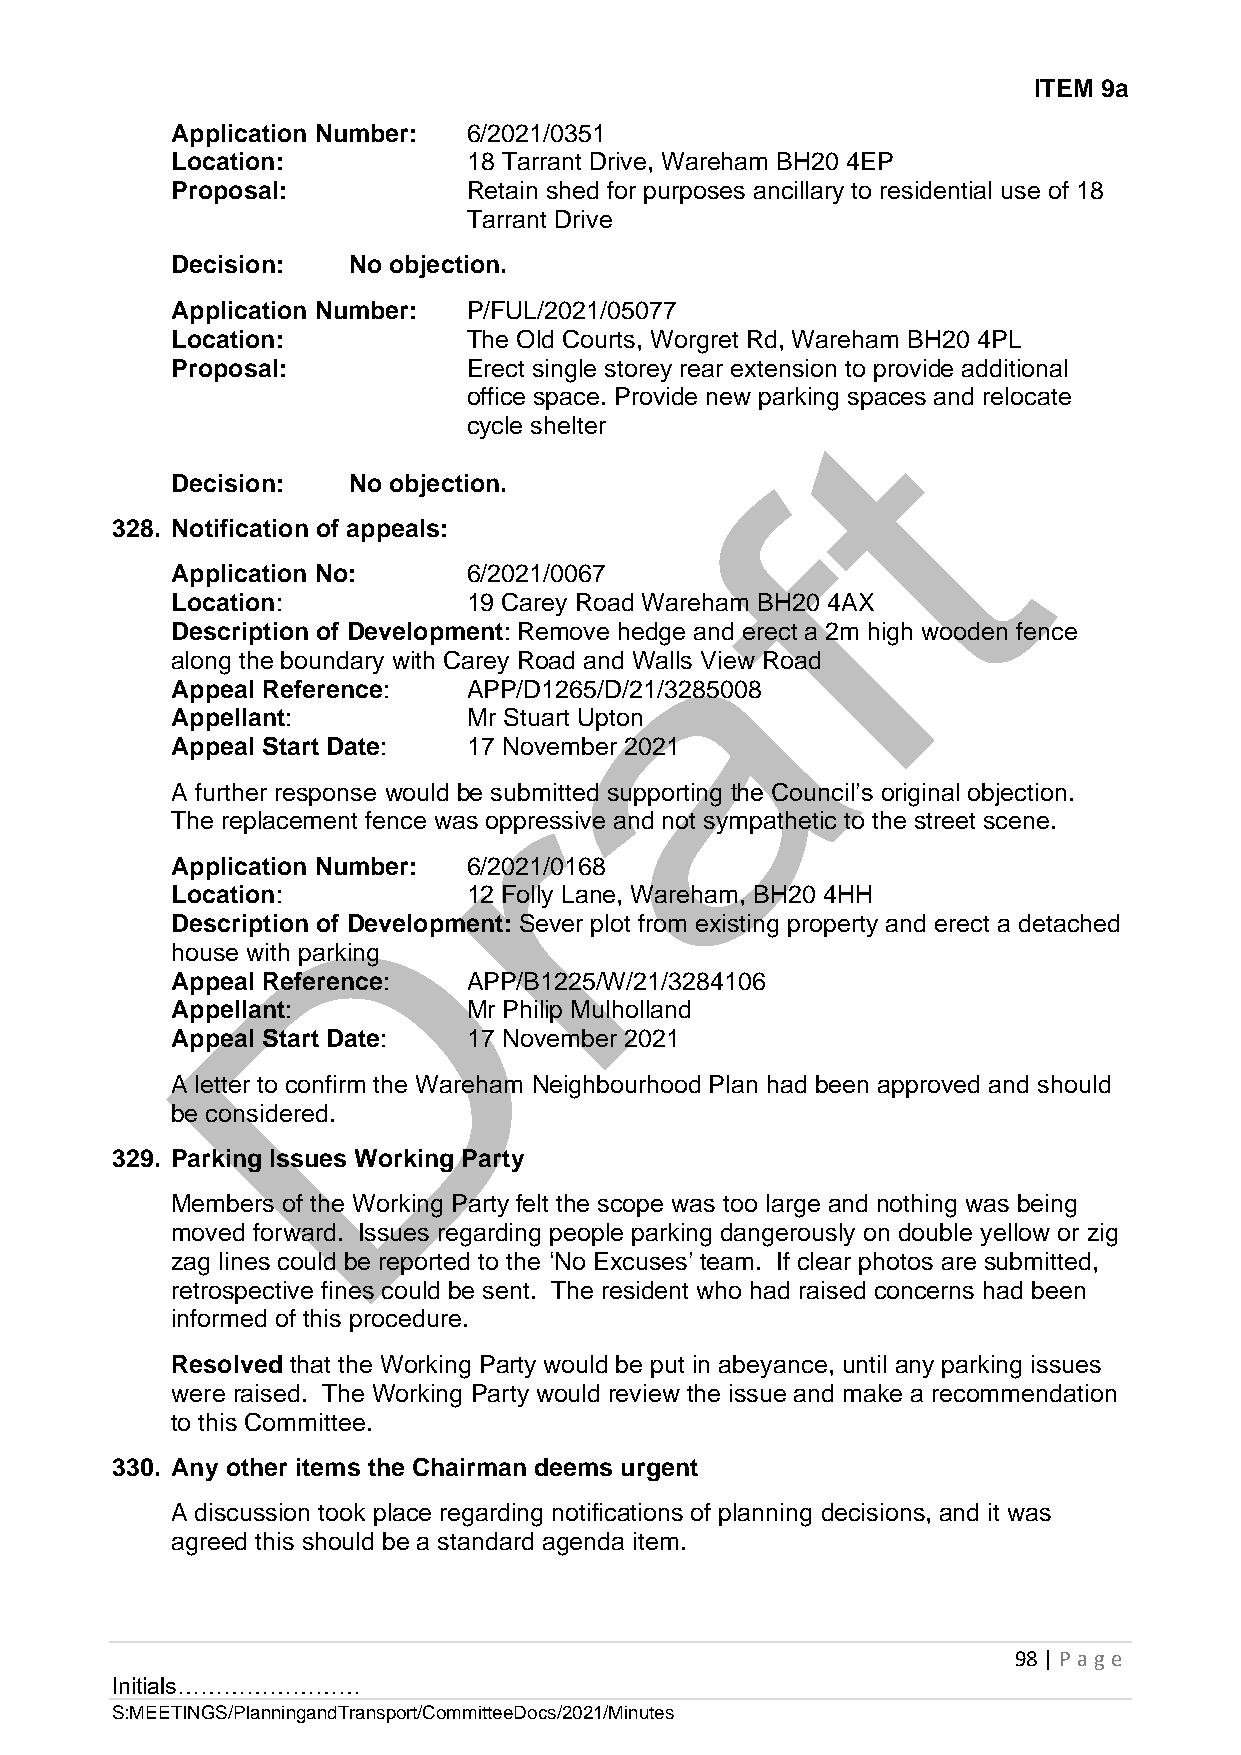
ITEM 9a
 Application Number: 6/2021/0351
 Location:           18 Tarrant Drive, Wareham BH20 4EP
 Proposal:           Retain shed for purposes ancillary to residential use of 18
 Tarrant Drive
 Decision:   No objection.
 Application Number: P/FUL/2021/05077
 Location:           The Old Courts, Worgret Rd, Wareham BH20 4PL
 Proposal:           Erect single storey rear extension to provide additional
 office space. Provide new parking spaces and relocate
 cycle shelter
 Decision:   No objection.
 328. Notification of appeals:
 Application No:     6/2021/0067
 Location:           19 Carey Road Wareham BH20 4AX
 Description of Development: Remove hedge and erect a 2m high wooden fence
 along the boundary with Carey Road and Walls View Road
 Appeal Reference:   APP/D1265/D/21/3285008
 Appellant:          Mr Stuart Upton
 Appeal Start Date:  17 November 2021
 A further response would be submitted supporting the Council’s original objection.
 The replacement fence was oppressive and not sympathetic to the street scene.
 Application Number: 6/2021/0168
 Location:           12 Folly Lane, Wareham, BH20 4HH
 Description of Development: Sever plot from existing property and erect a detached
 house with parking
 Appeal Reference:   APP/B1225/W/21/3284106
 Appellant:          Mr Philip Mulholland
 Appeal Start Date:  17 November 2021
 A letter to confirm the Wareham Neighbourhood Plan had been approved and should
 be considered.
 329. Parking Issues Working Party
 Members of the Working Party felt the scope was too large and nothing was being
 moved forward. Issues regarding people parking dangerously on double yellow or zig
 zag lines could be reported to the ‘No Excuses’ team. If clear photos are submitted,
 retrospective fines could be sent. The resident who had raised concerns had been
 informed of this procedure.
 Resolved that the Working Party would be put in abeyance, until any parking issues
 were raised. The Working Party would review the issue and make a recommendation
 to this Committee.
 330. Any other items the Chairman deems urgent
 A discussion took place regarding notifications of planning decisions, and it was
 agreed this should be a standard agenda item.
 98 | P age
 Initials……………………
 S:MEETINGS/PlanningandTransport/CommitteeDocs/2021/Minutes